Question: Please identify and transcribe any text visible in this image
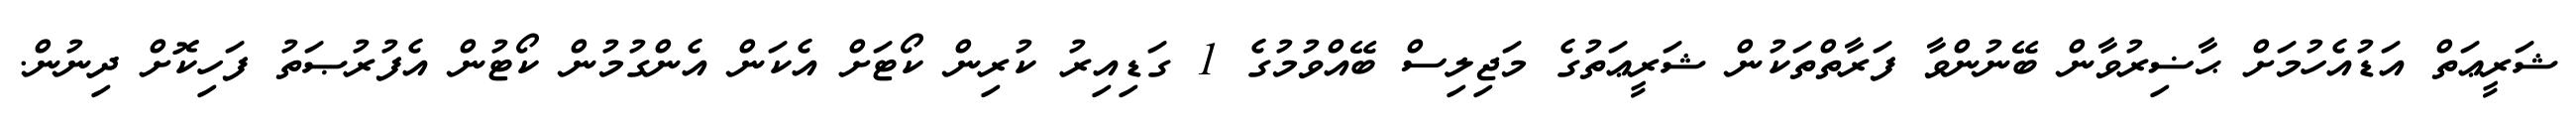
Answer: ޝަރީޢަތް އަޑުއެހުމަށް ޙާޟިރުވާން ބޭނުންވާ ފަރާތްތަކުން ޝަރީޢަތުގެ މަޖިލިސް ބޭއްވުމުގެ 1 ގަޑިއިރު ކުރިން ކޯޓަށް އެކަން އެންގުމުން ކޯޓުން އެފުރުޞަތު ފަހިކޮށް ދިނުން.